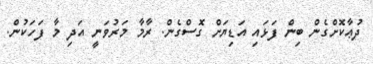
ދުޢާކޮށްގެން ބިން ފަޅައި އަޑިޔަށް ގޮސްގެން. ރާމާ މަރުވަނީ އަދި މާ ފަހަކުން.